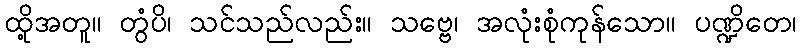
ထို့အတူ။ တွံပိ၊ သင်သည်လည်း။ သဗ္ဗေ၊ အလုံးစုံကုန်သော။ ပဏ္ဍိတေ၊